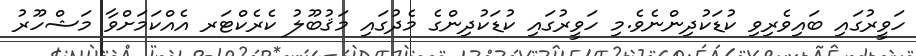
ހަވީރުގައި ބައިވެރިވި ކުޑަކުދިންނެވެ.މި ހަވީރުގައި ކުޑަކުދިންގެ މެދުގައި މަޤުބޫލު ކެރެކްޓަރ އެއްކަމަށްވާ މަޝްހޫރު